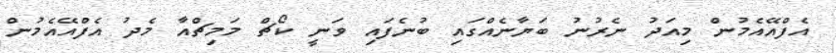
އެފްއޭއެމުން މިއަދު ނެރުނު ބަޔާނެއްގައި ބުނެފައި ވަނީ ކޯޗް މަމިޗްއާ މެދު އެފްއޭއެމުން